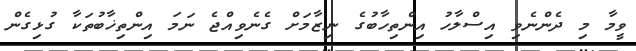
ވީމާ މި ދެންނެވި އިސްލާހު އިންތިހާބުގެ ނިޒާމަށް ގެނެވިއްޖެ ނަމަ އިންތިޚާބުތަކާ ގުޅިގެން